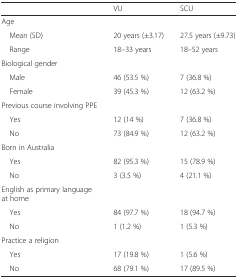
|  | VU | SCU |
 | --- | --- | --- |
 | Age |  |  |
 | Mean (SD) | 20 years (±3.17) | 27.5 years (±9.73) |
 | Range | 18–33 years | 18–52 years |
 | Biological gender |  |  |
 | Male | 46 (53.5 %) | 7 (36.8 %) |
 | Female | 39 (45.3 %) | 12 (63.2 %) |
 | Previous course involving PPE |  |  |
 | Yes | 12 (14 %) | 7 (36.8 %) |
 | No | 73 (84.9 %) | 12 (63.2 %) |
 | Born in Australia |  |  |
 | Yes | 82 (95.3 %) | 15 (78.9 %) |
 | No | 3 (3.5 %) | 4 (21.1 %) |
 | English as primary language at home |  |  |
 | Yes | 84 (97.7 %) | 18 (94.7 %) |
 | No | 1 (1.2 %) | 1 (5.3 %) |
 | Practice a religion |  |  |
 | Yes | 17 (19.8 %) | 1 (5.6 %) |
 | No | 68 (79.1 %) | 17 (89.5 %) |